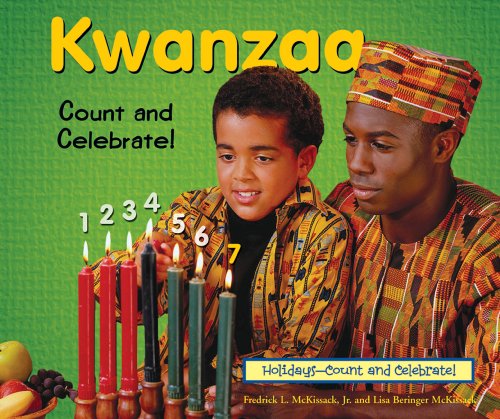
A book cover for Kwanzaa-Count and Celebrate! (Holidays-Count and Celebrate!); Fredrick McKissack; Children's Books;